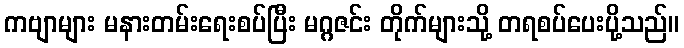
ကဗျာများ မနားတမ်းရေးစပ်ပြီး မဂ္ဂဇင်း တိုက်များသို့ တရစပ်ပေးပို့သည်။